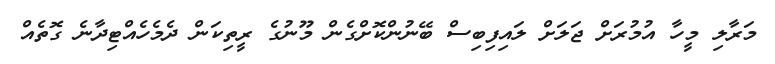
މަރާލި މީހާ އުމުރަށް ޖަލަށް ލައިފިބިސް ބޭނުންކޮށްގެން މޫނުގެ ރީތިކަން ދެމެހެއްޓިދާނެ ގޮތެއް